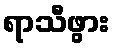
ရာသီဖွား